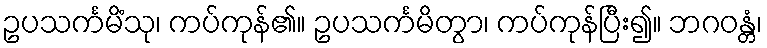
ဥပသင်္ကမိံသု၊ ကပ်ကုန်၏။ ဥပသင်္ကမိတွာ၊ ကပ်ကုန်ပြီး၍။ ဘဂဝန္တံ၊